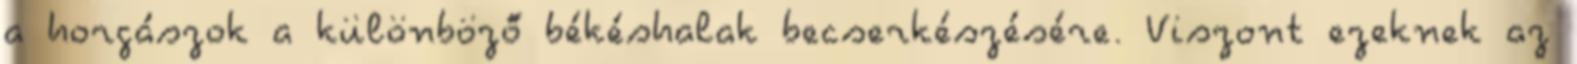
a horgászok a különböző békéshalak becserkészésére. Viszont ezeknek az